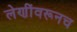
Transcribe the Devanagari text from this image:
लेणींवरूनच